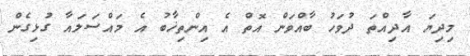
މިދިޔަ އާދިއްތަ ދުވަހު ބާއްވަން އޮތް އެ އިންތިޚާބު އެ މައްސަލައާ ގުޅިގެން